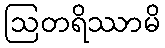
ဩတရိဿာမိ